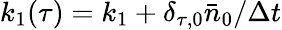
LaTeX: k_{1}(\tau)=k_{1}+\delta_{\tau,0}\bar{n}_{0}/\Delta t